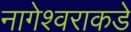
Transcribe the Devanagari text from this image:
नागेश्वराकडे